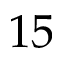
1 5